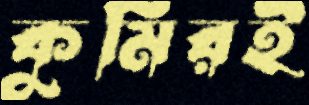
কুমিরই